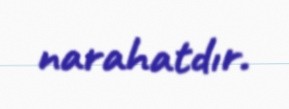
narahatdır.